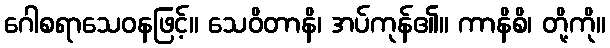
ဂေါစရာသေဝနဖြင့်။ သေဝိတာနိ၊ အပ်ကုန်၏။ ကာနိစိ၊ တို့ကို။